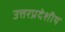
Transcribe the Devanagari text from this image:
उत्तरप्रदेशीय